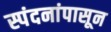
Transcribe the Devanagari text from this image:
स्पंदनांपासून